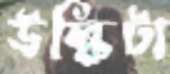
উল্কিটা